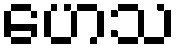
ဟေသ